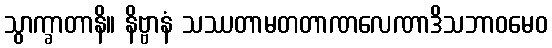
သွာက္ခာတာနိ။ နိဗ္ဗာနံ သဿတာမတတာဏလေဏာဒိသဘာဝမေဝ